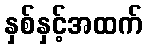
နှစ်နှင့်အထက်